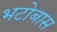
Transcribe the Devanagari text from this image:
भटोबास